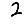
Digit: 2